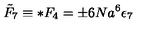
{ \tilde { F } } _ { 7 } \equiv * F _ { 4 } = \pm 6 N a ^ { 6 } \epsilon _ { 7 }